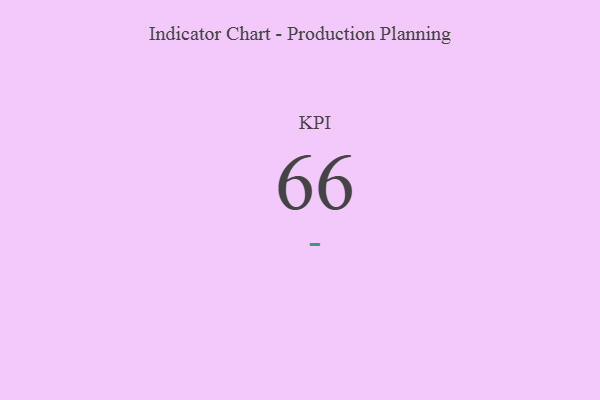
{"axis": {"x": "KPI", "y": "Value"}, "legend": [""], "data": [{"x": "KPI", "y": 66, "type": ""}]}